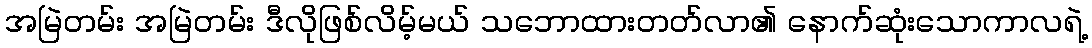
အမြဲတမ်း အမြဲတမ်း ဒီလိုဖြစ်လိမ့်မယ် သဘောထားတတ်လာ၏ နောက်ဆုံးသောကာလရဲ့